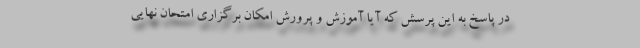
در پاسخ به این پرسش که آیا آموزش و پرورش امکان برگزاری امتحان نهایی